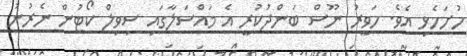
ހުށަހެޅި އެވެ. ހަވީރު ނޫސް ބަންދުކުރީ އެ މައްސަލާގައި ސިވިލް ކޯޓުން ނެރުނު